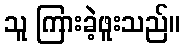
သူ ကြားခဲ့ဖူးသည်။